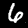
Label: 6